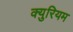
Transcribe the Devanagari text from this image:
क्युरियम